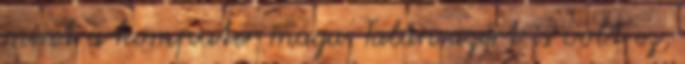
mint a komputer maga. Talán azért is volt ez,